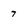
Character: 7